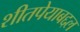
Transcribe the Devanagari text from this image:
शीतपेयाबद्दल